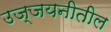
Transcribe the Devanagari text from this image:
उज्जयनीतील